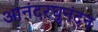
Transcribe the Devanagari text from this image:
आनंदरघुनंदन